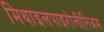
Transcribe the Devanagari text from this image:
मिथाइलपाइरोलीनिअम